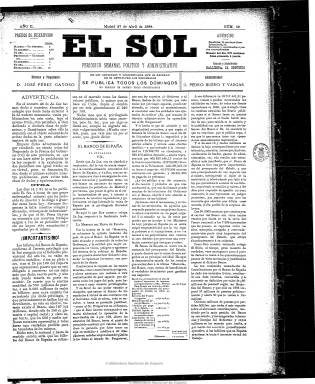
Título: El Sol (Madrid. 1889)
Colección: Periódicos
Ámbito geográfico: Madrid
Lugar de publicación: Madrid
Fechas: 27/04/1889-23/06/1889

Subtitulado “periódico semanal político y administrativo”, es continuación del también semanario La Luz, que a su vez lo había sido del asimismo semanario El capuchón. Este se había publicado desde abril a julio de 1888, y La luz, hasta marzo del siguiente año. Pero al estar publicándose otro periódico con el título La luz, fundado en 1869 por la iglesia evangélica y que en ese momento dirigía el reverendo Juan Bautista Cabrera Ivars, tuvo que adoptar la nueva cabecera.

De tal forma que El sol aparece en abril de 1889 siguiendo la secuencia de su cabecera predecesora. Su director y propietario es José Pérez Gayoso, que fue autor de una obra sobre contabilidad estatal y una enciclopedia político-administrativa, y como administrador, Pedro Bueno y Vargas.

En entrega dominicales de cuatro páginas y formato de periódico a varias columnas publica artículos fundamentalmente sobre economía (crédito, seguros, cotizaciones, etc.) e industria, como la tabaquera, y comentarios sobre actualidad política, en un momento en el que el liberal Práxedes Mateo Sagasta había iniciado el turno de partidos de la Restauración como presidente del gobierno. También incluye algunas composiciones poéticas y la última plana la dedica íntegramente a anuncios comerciales.

La colección de la Biblioteca Nacional de España contiene sólo ocho números de este título, desde el 51 al 58, correspondiendo el último al 23 de junio del mismo año 1889, desconociéndose si siguió publicándose mucho tiempo más.